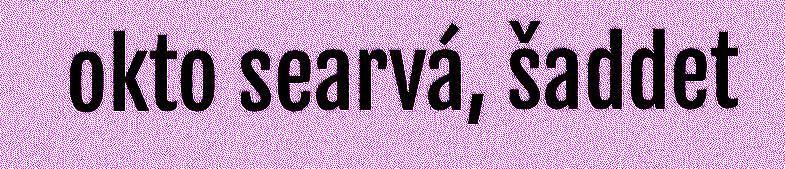
okto searvá, šaddet